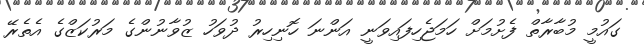
ގައުމީ މުބާރާތް ފެށުމަށް ހަމަޖެހިފައިވަނީ އަންނަ ހޮނިހިރު ދުވަހު ޒުވާނުންގެ މަރުކަޒްގެ އެތެރޭ